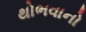
થોભવાનો